Report of the Imperial Institute of Veterinary Research, Muktesar
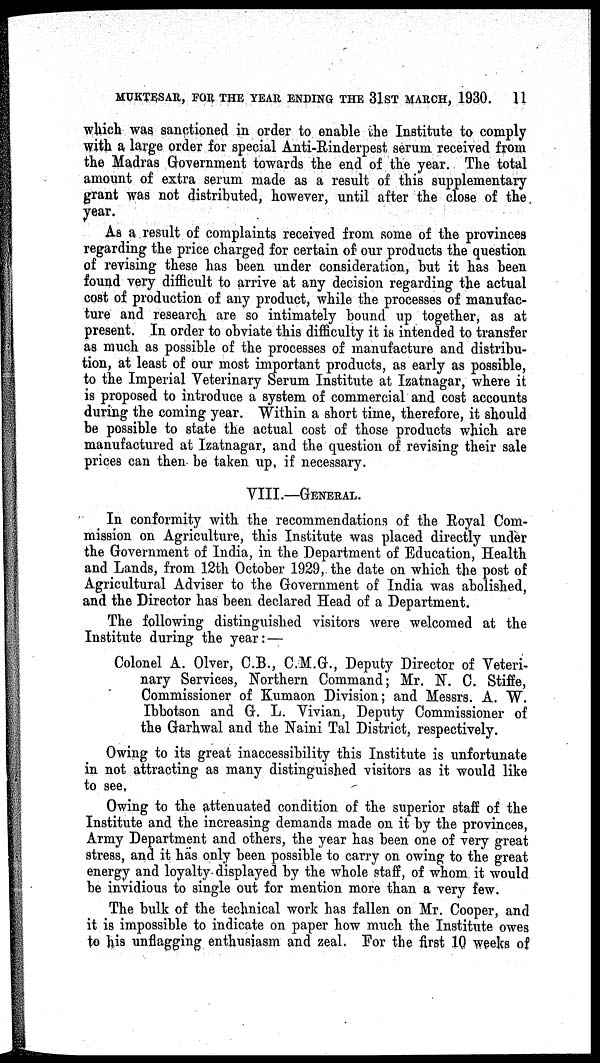
MUKTESAR, FOR THE YEAR ENDING THE 31ST MARCH, 1930. 11
which was sanctioned in order to enable the Institute to comply
with a. large order for special Anti-Rinderpest serum received from
the Madras Government towards the end of the year. The total
amount of extra serum made as a result of this supplementary
grant was not distributed, however, until after the close of the
year.
As a result of complaints received from some of the provinces
regarding the price charged for certain of our products the question
of revising these has been under consideration, but it has been
found very difficult to arrive at any decision regarding the actual
cost of production of any product, while the processes of manufac-
ture and research are so intimately bound up together, as at
present. In order to obviate this difficulty it is intended to transfer
as much as possible of the processes of manufacture and distribu-
tion, at least of our most important products, as early as possible,
to the Imperial Veterinary Serum Institute at Izatnagar, where it
is proposed to introduce a system of commercial and cost accounts
during the coming year. Within a short time, therefore, it should
be possible to state the actual cost of those products which are
manufactured at Izatnagar, and the question of revising their sale
prices can then be taken up, if necessary.
VIII.—GENERAL.
In conformity with the recommendations of the Royal Com-
mission on Agriculture, this Institute was placed directly under
the Government of India, in the Department of Education, Health
and Lands, from 12th October 1929, the date on which the post of
Agricultural Adviser to the Government of India was abolished,
and the Director has been declared Head of a Department.
The following distinguished visitors were welcomed at the
Institute during the year:—
Colonel A. Olver, C.B., C.M.G., Deputy Director of Veteri-
nary Services, Northern Command; Mr. N. C. Stiffe,
Commissioner of Kumaon Division; and Messrs. A. W.
Ibbotson and G. L. Vivian, Deputy Commissioner of
the Garhwal and the Naini Tal District, respectively.
Owing to its great inaccessibility this Institute is unfortunate
in not attracting as many distinguished visitors as it would like
to see,
Owing to the attenuated condition of the superior staff of the
Institute and the increasing demands made on it by the provinces,
Army Department and others, the year has been one of very great
stress, and it has only been possible to carry on owing to the great
energy and loyalty displayed by the whole staff, of whom it would
be invidious to single out for mention more than a very few.
The bulk of the technical work has fallen on Mr. Cooper, and
it is impossible to indicate on paper how much the Institute owes
to his unflagging enthusiasm and zeal. For the first 10 weeks of